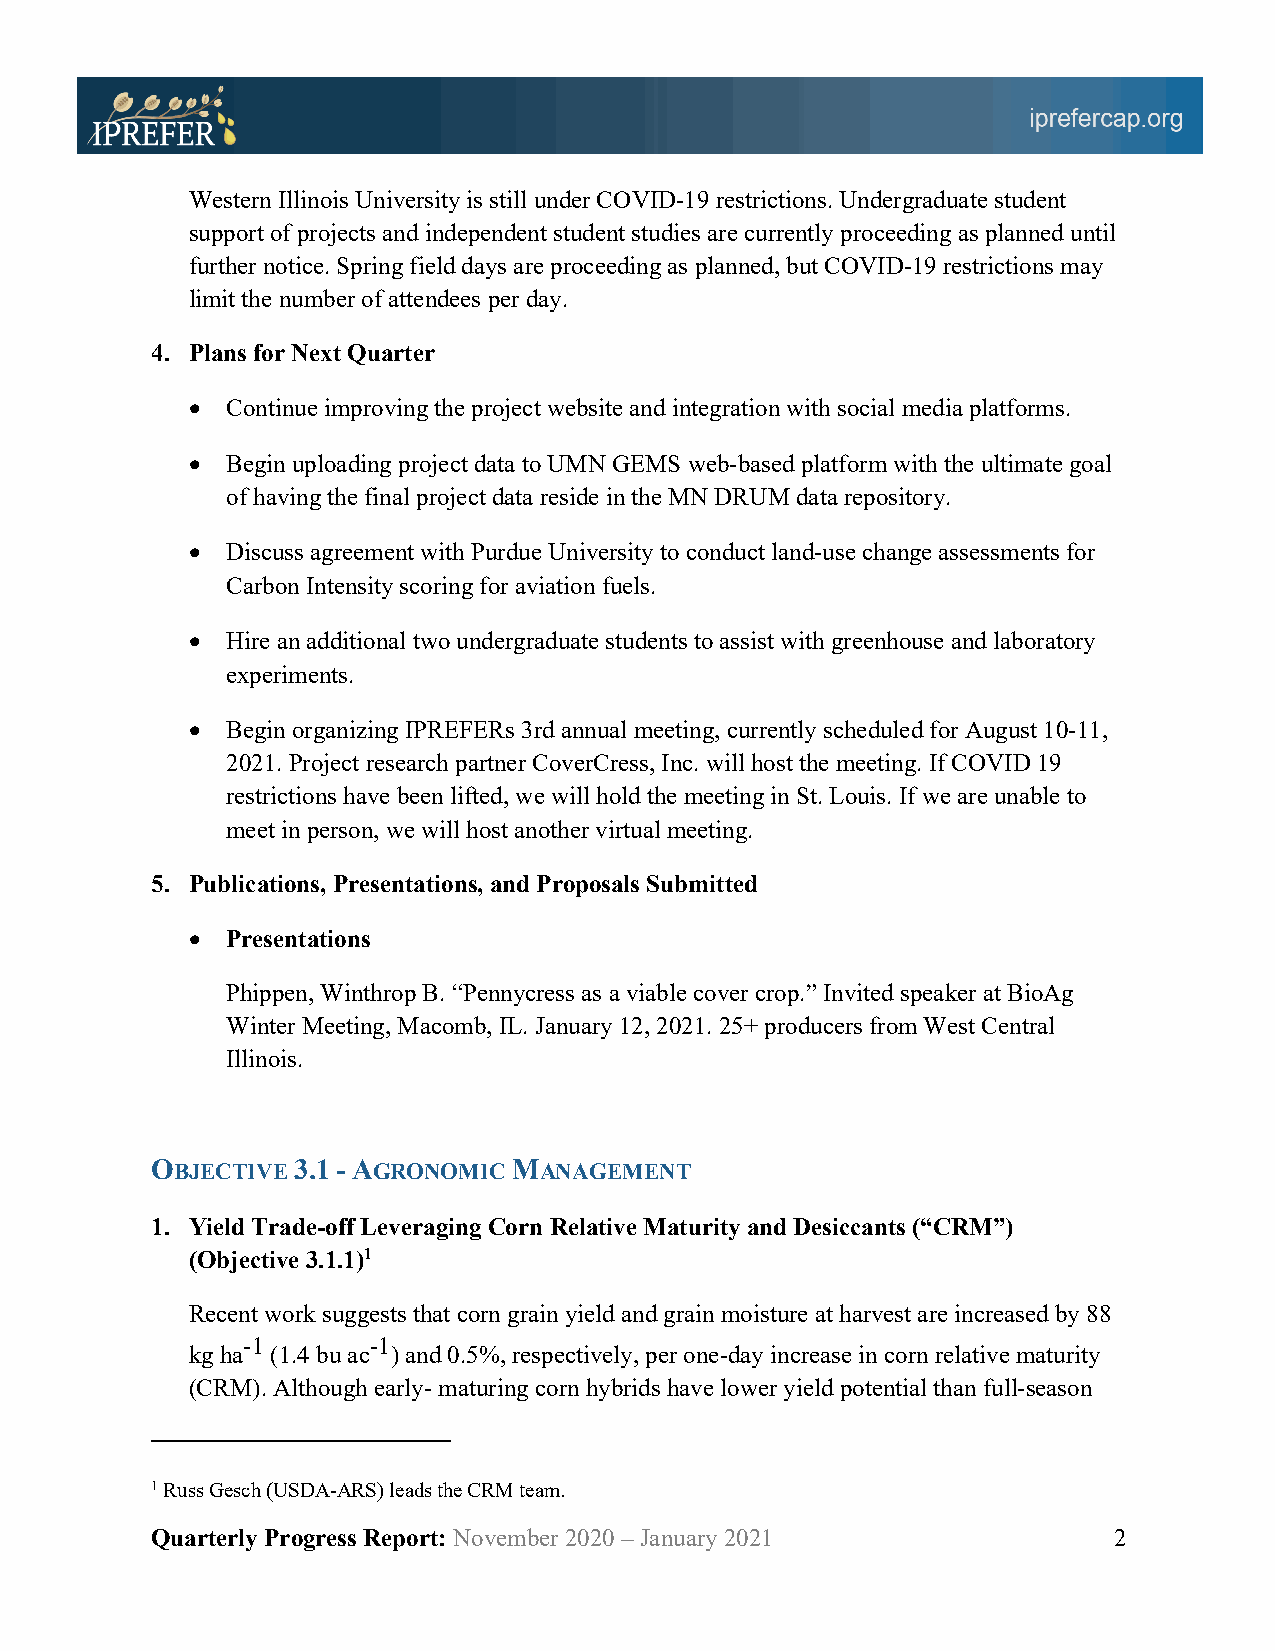
Western Illinois University is still under COVID-19 restrictions. Undergraduate student
 support of projects and independent student studies are currently proceeding as planned until
 further notice. Spring field days are proceeding as planned, but COVID-19 restrictions may
 limit the number of attendees per day.
 4. Plans for Next Quarter
 •  Continue improving the project website and integration with social media platforms.
 •  Begin uploading project data to UMN GEMS web-based platform with the ultimate goal
 of having the final project data reside in the MN DRUM data repository.
 •  Discuss agreement with Purdue University to conduct land-use change assessments for
 Carbon Intensity scoring for aviation fuels.
 •  Hire an additional two undergraduate students to assist with greenhouse and laboratory
 experiments.
 •  Begin organizing IPREFERs 3rd annual meeting, currently scheduled for August 10-11,
 2021. Project research partner CoverCress, Inc. will host the meeting. If COVID 19
 restrictions have been lifted, we will hold the meeting in St. Louis. If we are unable to
 meet in person, we will host another virtual meeting.
 5. Publications, Presentations, and Proposals Submitted
 •  Presentations
 Phippen, Winthrop B. “Pennycress as a viable cover crop.” Invited speaker at BioAg
 Winter Meeting, Macomb, IL. January 12, 2021. 25+ producers from West Central
 Illinois.
 OBJECTIVE 3.1 - AGRONOMIC MANAGEMENT
 1. Yield Trade-off Leveraging Corn Relative Maturity and Desiccants (“CRM”)
 (Objective 3.1.1)1
 Recent work suggests that corn grain yield and grain moisture at harvest are increased by 88
 -1      -1
 kg ha (1.4 bu ac ) and 0.5%, respectively, per one-day increase in corn relative maturity
 (CRM). Although early- maturing corn hybrids have lower yield potential than full-season
 1 Russ Gesch (USDA-ARS) leads the CRM team.
 Quarterly Progress Report: November 2020 – January 2021         2